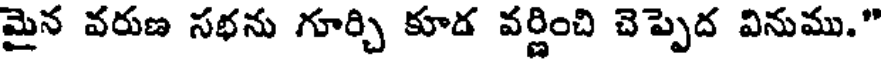
మైన వరుణ సభను గూర్చి కూడ వర్ణించి చెప్పెద వినుము."